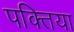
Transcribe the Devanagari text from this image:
पक्तिया